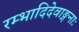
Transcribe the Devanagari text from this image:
रम्भादिदेवाङ्गनाः